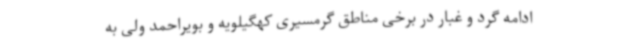
ادامه گرد و غبار در برخی مناطق گرمسیری کهگیلویه و بویراحمد ولی به